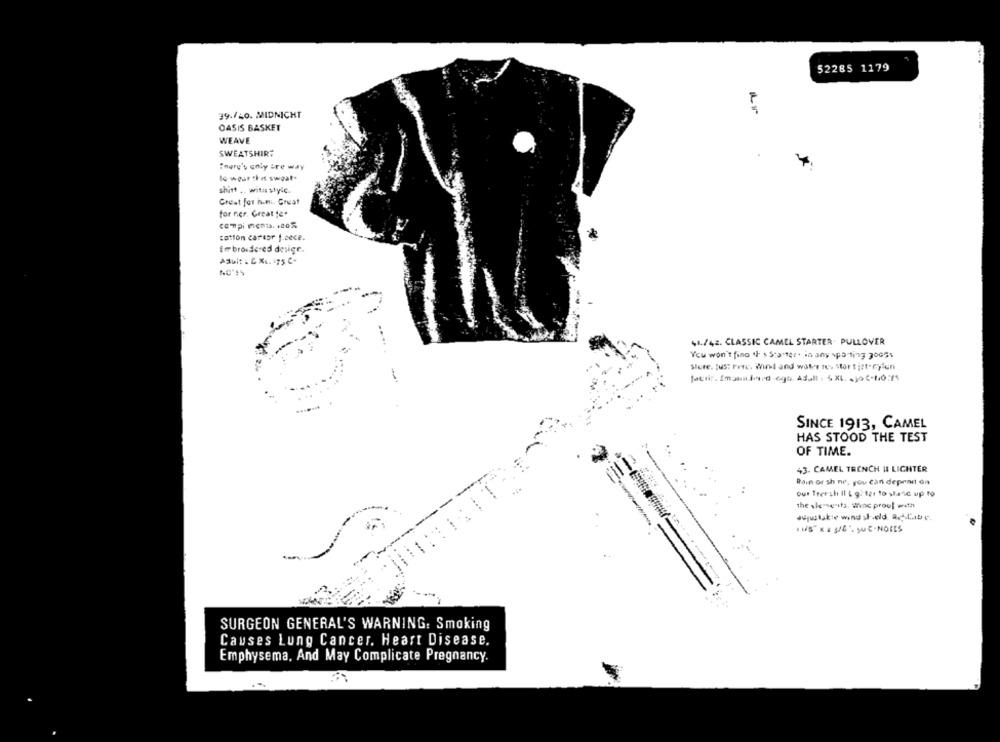
52285 1179
Ar
39./40. MIDNICHT
OASIS BASKET
WEAVE
SWEATSHIRT
There's only tre way
to wear this sweat.
shirt ,, with style.
Creat for h.mi. Great
for ner. Great fe.
compi ments. +20%
tation careor f.cece.
Embroidered desigr.
Adult L & XL. 175 C-
41./42. CLASSIC CAMEL STARTER. PULLOVER
You won't fino th s Starter. in any vpo ting 30G6%
Store. tus: rete. Wind and water tev stor tiet.ryion
SINCE 1913, CAMEL
HAS STOOD THE TEST
OF TIME.
43- CAMEL TRENCH # LICHTER
Rain or sh ne, you can depend on
Our Trersh Il Lg: tar to stand up to
the slemse its. Winc proof with
adjustable wind st.eld. a.Cabe.
SURGEON GENERAL'S WARNING: Smoking
Causes Lung Cancer. Heart Disease.
Emphysema, And May Complicate Pregnancy.